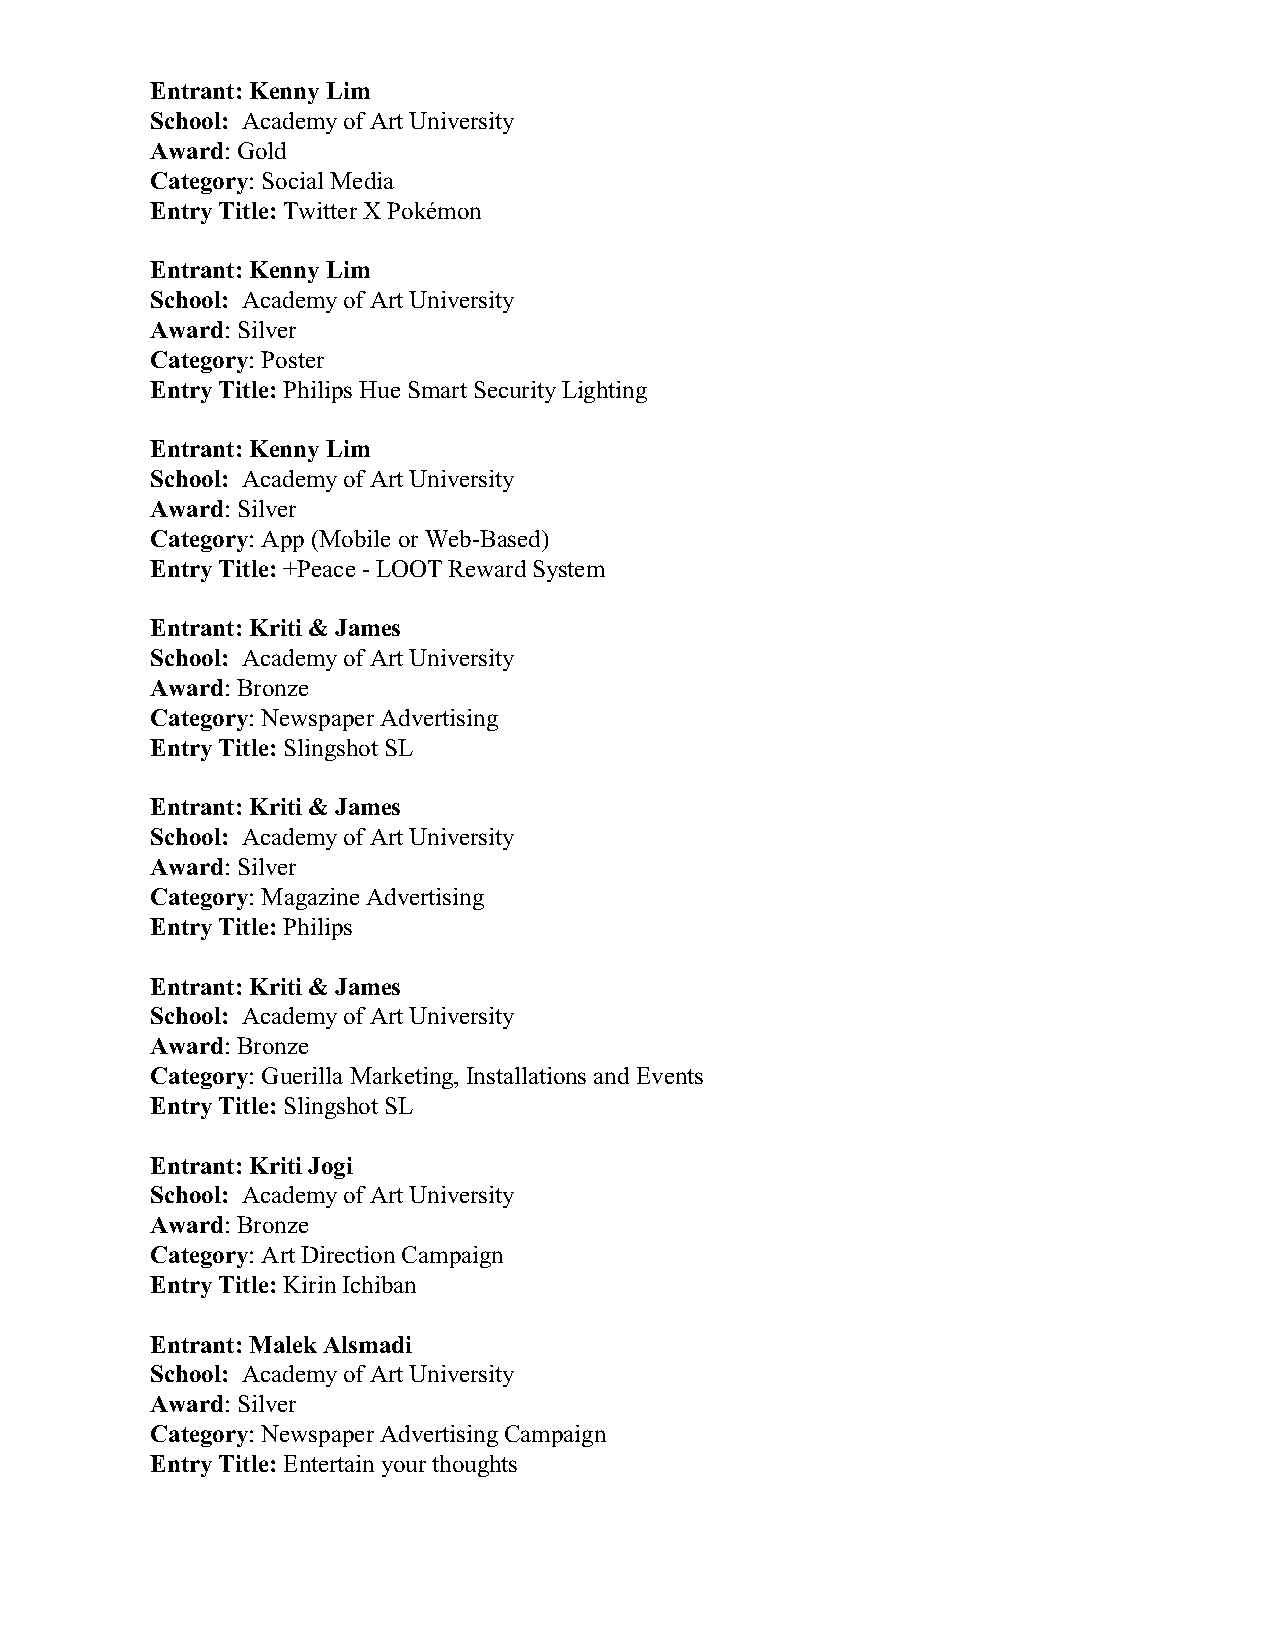
Entrant: Kenny Lim
 School: Academy of Art University
 Award: Gold
 Category: Social Media
 Entry Title: Twitter X Pokémon
 Entrant: Kenny Lim
 School: Academy of Art University
 Award: Silver
 Category: Poster
 Entry Title: Philips Hue Smart Security Lighting
 Entrant: Kenny Lim
 School: Academy of Art University
 Award: Silver
 Category: App (Mobile or Web-Based)
 Entry Title: +Peace - LOOT Reward System
 Entrant: Kriti & James
 School: Academy of Art University
 Award: Bronze
 Category: Newspaper Advertising
 Entry Title: Slingshot SL
 Entrant: Kriti & James
 School: Academy of Art University
 Award: Silver
 Category: Magazine Advertising
 Entry Title: Philips
 Entrant: Kriti & James
 School: Academy of Art University
 Award: Bronze
 Category: Guerilla Marketing, Installations and Events
 Entry Title: Slingshot SL
 Entrant: Kriti Jogi
 School: Academy of Art University
 Award: Bronze
 Category: Art Direction Campaign
 Entry Title: Kirin Ichiban
 Entrant: Malek Alsmadi
 School: Academy of Art University
 Award: Silver
 Category: Newspaper Advertising Campaign
 Entry Title: Entertain your thoughts